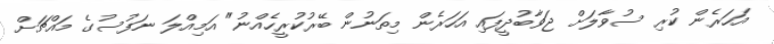
އަހަރެން ކުރި ސުވާލަށް ޖަވާބުދީފައި އަހަރެން މިތަނުން ބޭރުކުރީހެއްނު" އަމިއްލަ ނަފުސުގެ މައްޗަށް